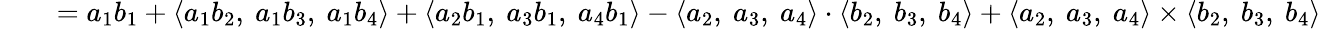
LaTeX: \qquad=a_{1}b_{1}+\langle a_{1}b_{2},\ a_{1}b_{3},\ a_{1}b_{4}\rangle+\langle a_{2}b_{1},\ a_{3}b_{1},\ a_{4}b_{1}\rangle-\langle a_{2},\ a_{3},\ a_{4}\rangle\cdot\langle b_{2},\ b_{3},\ b_{4}\rangle+\langle a_{2},\ a_{3},\ a_{4}\rangle\times\langle b_{2},\ b_{3},\ b_{4}\rangle